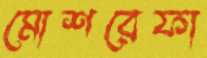
মোশরেফা